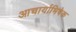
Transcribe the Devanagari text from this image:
आचार्याभिषेक